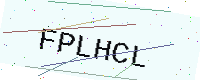
Text: FPLHCL